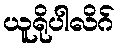
ယူရိုပါလိဂ်